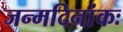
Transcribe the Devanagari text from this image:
जन्मदिनांकः